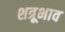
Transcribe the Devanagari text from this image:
शत्रूभाव